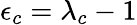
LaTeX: \epsilon_{c}=\lambda_{c}-1